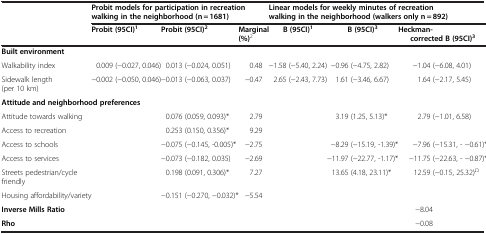
<table><thead><tr><td><b> </b></td><td colspan="3"><b>Probit models for participation in recreation walking in the neighborhood (n = 1681)</b></td><td colspan="3"><b>Linear models for weekly minutes of recreation walking in the neighborhood (walkers only n = 892)</b></td></tr><tr><td><b> </b></td><td><b>Probit (95CI)<sup>1</sup></b></td><td><b>Probit (95CI)<sup>2</sup></b></td><td><b>Marginal (%)<sup>2</sup></b></td><td><b>B (95CI)<sup>1</sup></b></td><td><b>B (95CI)<sup>3</sup></b></td><td><b>Heckman-corrected B (95CI)<sup>3</sup></b></td></tr></thead><tbody><tr><td colspan="7"><b>Built environment</b></td></tr><tr><td>Walkability index</td><td>0.009 (−0.027, 0.046)</td><td>0.013 (−0.024, 0.051)</td><td>0.48</td><td>−1.58 (−5.40, 2.24)</td><td>−0.96 (−4.75, 2.82)</td><td>−1.04 (−6.08, 4.01)</td></tr><tr><td>Sidewalk length (per 10 km)</td><td>−0.002 (−0.050, 0.046)</td><td>−0.013 (−0.063, 0.037)</td><td>−0.47</td><td>2.65 (−2.43, 7.73)</td><td>1.61 (−3.46, 6.67)</td><td>1.64 (−2.17, 5.45)</td></tr><tr><td colspan="7"><b>Attitude and neighborhood preferences</b></td></tr><tr><td>Attitude towards walking</td><td> </td><td>0.076 (0.059, 0.093)*</td><td>2.79</td><td> </td><td>3.19 (1.25, 5.13)*</td><td>2.79 (−1.01, 6.58)</td></tr><tr><td>Access to recreation</td><td> </td><td>0.253 (0.150, 0.356)*</td><td>9.29</td><td> </td><td> </td><td> </td></tr><tr><td>Access to schools</td><td> </td><td>−0.075 (−0.145, -0.005)*</td><td>−2.75</td><td> </td><td>−8.29 (−15.19, -1.39)*</td><td>−7.96 (−15.31, - −0.61)*</td></tr><tr><td>Access to services</td><td> </td><td>−0.073 (−0.182, 0.035)</td><td>−2.69</td><td> </td><td>−11.97 (−22.77, -1.17)*</td><td>−11.75 (−22.63, - −0.87)*</td></tr><tr><td>Streets pedestrian/cycle friendly</td><td> </td><td>0.198 (0.091, 0.306)*</td><td>7.27</td><td> </td><td>13.65 (4.18, 23.11)*</td><td>12.59 (−0.15, 25.32)<sup>Ω</sup></td></tr><tr><td>Housing affordability/variety</td><td> </td><td>−0.151 (−0.270, −0.032)*</td><td>−5.54</td><td> </td><td> </td><td> </td></tr><tr><td><b>Inverse Mills Ratio</b></td><td> </td><td> </td><td> </td><td> </td><td> </td><td>−8.04</td></tr><tr><td><b>Rho</b></td><td> </td><td> </td><td> </td><td> </td><td> </td><td>−0.08</td></tr></tbody></table>